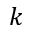
k